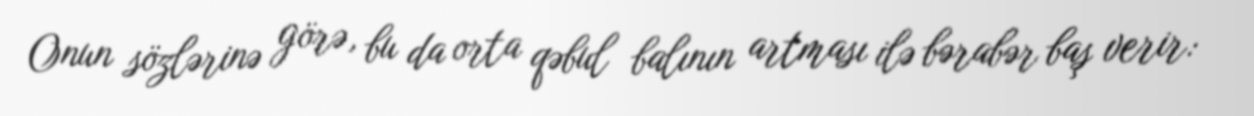
Onun sözlərinə görə, bu da orta qəbul balının artması ilə bərabər baş verir: